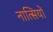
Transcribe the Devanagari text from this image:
नात्सियों